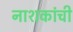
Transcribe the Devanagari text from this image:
नाशकांची